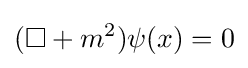
(\Box +m^{2})\psi (x)=0